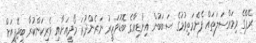
ރޭޕްގެ މިމައްސަލަތައް ފެންމަތިވުމުގެ ސަބަބުން އިންޑިއާގެ ބޮޑުވަޒީރު ނަރެންދުރަ މޯދީއަށާއި ވެރިކަންކުރާ ބީޖޭޕީއަށް